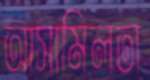
আসামিলতা